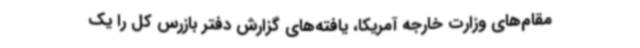
مقام‌های وزارت خارجه آمریکا، یافته‌های گزارش دفتر بازرس کل را یک